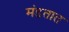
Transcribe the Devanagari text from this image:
मंडतात